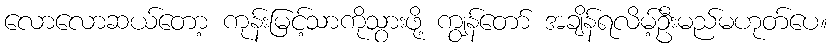
လောလောဆယ်တော့ ကုန်းမြင့်သာကိုသွားဖို့ ကျွန်တော် အချိန်ရလိမ့်ဦးမည်မဟုတ်ပေ။